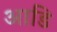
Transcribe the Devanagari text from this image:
आडि